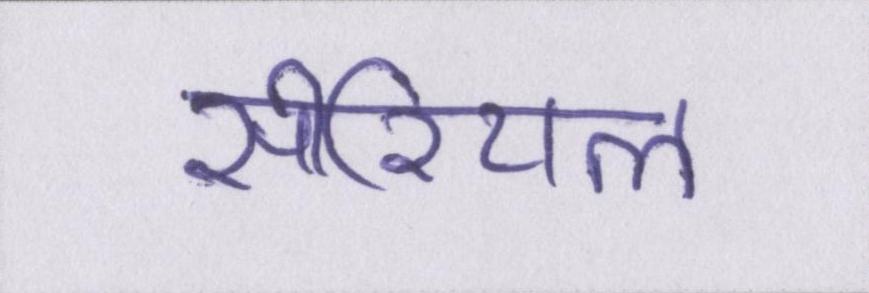
सीरियल